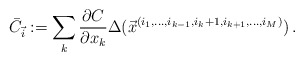
\begin{align*} \bar{C}_{\vec{i}}:= \sum_k \frac{\partial C}{\partial x_k}\Delta(\vec{x}^{(i_1,\ldots,i_{k-1},i_k+1,i_{k+1},\ldots,i_M)})\,.\end{align*}